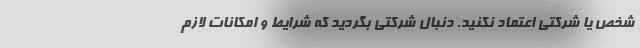
شخص یا شرکتی اعتماد نکنید. دنبال شرکتی بگردید که شرایط و امکانات لازم